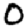
Digit: 0